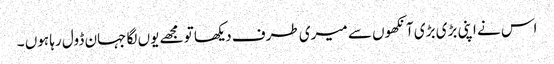
اس نے اپنی بڑی بڑی آنکھوں سے میری طرف دیکھا تو مجھے یوں لگا جہان ڈول رہا ہوں ۔